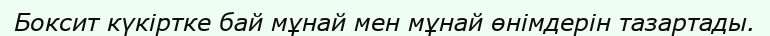
Боксит күкіртке бай мұнай мен мұнай өнімдерін тазартады.